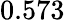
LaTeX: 0.573